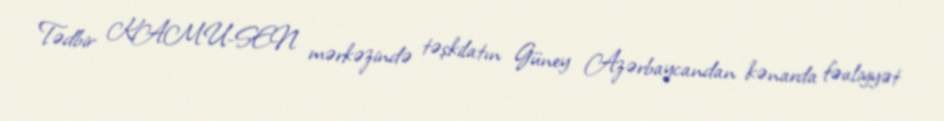
Tədbir KAMU-SEN mərkəzində təşkilatın Güney Azərbaycandan kənarda fəaliyyət